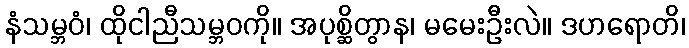
နံသမ္ဘဝံ၊ ထိုငါညီသမ္ဘဝကို။ အပုစ္ဆိတွာန၊ မမေးဦးလဲ။ ဒဟရောတိ၊